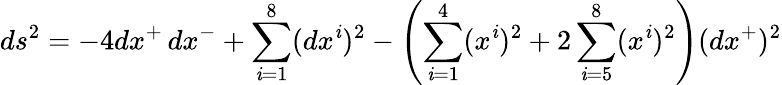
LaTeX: ds^{2}=-4dx^{+}\, dx^{-}+\sum_{\mathit{i}=1}^{8}(dx^{\mathit{i}})^{2}-\left(\sum_{\mathit{i}=1}^{4}(x^{\mathit{i}})^{2}+2\sum_{\mathit{i}=5}^{8}(x^{\mathit{i}})^{2}\right)(dx^{+})^{2}